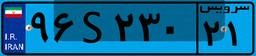
۹۶S۲۳۰۲۱